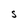
Character: S